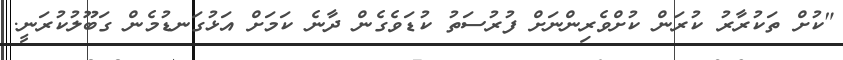
"ކުށް ތަކުރާރު ކުރަން ކުށްވެރިންނަށް ފުރުސަތު ކުޑަވެގެން ދާނެ ކަމަށް އަޅުގަނޑުމެން ގަބޫލުކުރަނީ.